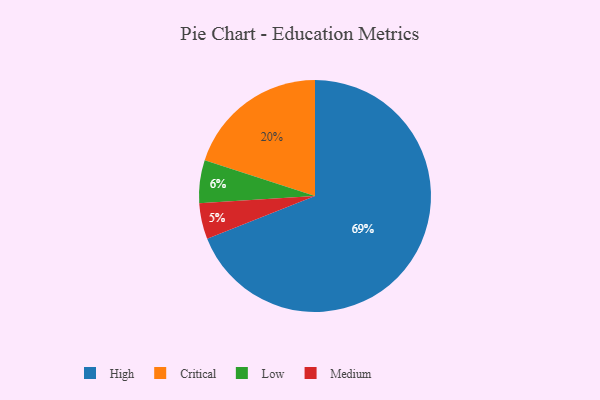
{"axis": {"x": "Category", "y": "Percentage"}, "legend": ["Critical", "High", "Low", "Medium"], "data": [{"x": "Critical", "y": 20, "type": "Critical"}, {"x": "High", "y": 69, "type": "High"}, {"x": "Low", "y": 6, "type": "Low"}, {"x": "Medium", "y": 5, "type": "Medium"}]}